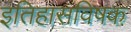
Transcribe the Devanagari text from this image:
इतिहासविषक